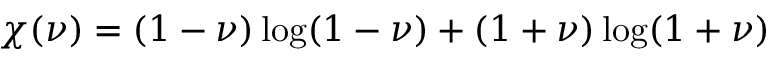
\chi ( \nu ) = ( 1 - \nu ) \log ( { 1 - \nu } ) + ( 1 + \nu ) \log ( { 1 + \nu } )